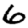
Digit: 6